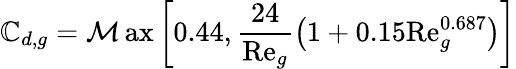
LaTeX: \mathbb{C}_{d,g}=\operatorname*{\mathcal{M}ax}\left[0.44,\frac{{24}}{{\mathrm{{Re}}_{g}}}\left(1+0.15\mathrm{{Re}}_{g}^{0.687}\right)\right]